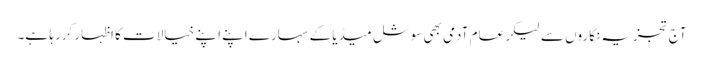
آج تجزیہ نگاروں سے لیکر عام آدمی بھی سوشل میڈیا کے سہارے اپنے اپنے خیالات کا اظہار کررہا ہے۔